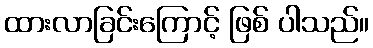
ထားလာခြင်းကြောင့် ဖြစ် ပါသည်။